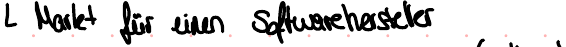
Markt für einen Softwarehersteller